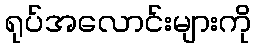
ရုပ်အလောင်းများကို